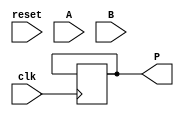
module ModifiedBoothMultiplier (
    input wire clk,
    input wire reset,
    input wire signed [15:0] A, // Multiplicand
    input wire signed [15:0] B, // Multiplier
    output reg signed [31:0] P  // Product
);

    reg signed [31:0] A_reg;         // Register for the multiplicand
    reg signed [31:0] P_reg;         // Accumulator for the product
    reg [16:0] B_reg;                // Register for multiplier with extra bit for encoding
    reg [2:0] count;                 // Count for number of bits processed
    reg [1:0] booth_code;            // Booth encoding result

    // Booth encoding logic
    always @(*) begin
        booth_code = {B_reg[1:0], B_reg[2]};
    end

    // State machine for control logic
    always @(posedge clk or posedge reset) begin
        if (reset) begin
            P_reg <= 0;
            B_reg <= {1'b0, B, 1'b0}; // Initialize B with an extra bit
            A_reg <= A;
            count <= 0;
        end else begin
            if (count < 16) begin
                case (booth_code)
                    3'b000: ; // 0: No operation
                    3'b001: P_reg <= P_reg + A_reg; // +A
                    3'b010: P_reg <= P_reg + A_reg; // +A
                    3'b011: ; // 0: No operation
                    3'b100: P_reg <= P_reg - A_reg; // -A
                    3'b101: P_reg <= P_reg - A_reg; // -A
                    3'b110: ; // 0: No operation
                    3'b111: ; // 0: No operation
                endcase

                // Shift operation
                P_reg <= P_reg >> 1; // Shift right
                B_reg <= {B_reg[16], B_reg[16:1]}; // Shift B (and the extra bit)
                count <= count + 1;
            end
        end
    end

    // Output the final product
    always @(posedge clk) begin
        if (count == 16) begin
            P <= P_reg;
        end
    end
endmodule